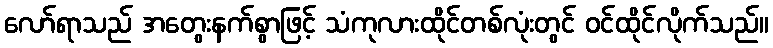
လော်ရာသည် အတွေးနက်စွာဖြင့် သံကုလားထိုင်တစ်လုံးတွင် ဝင်ထိုင်လိုက်သည်။